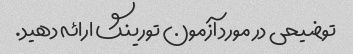
توضیحی در مورد آزمون تورینگ ارائه دهید.